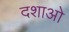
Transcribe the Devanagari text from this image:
दशाओ